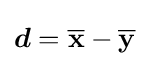
{\boldsymbol {d}}=\mathbf {{\overline {x}}-{\overline {y}}}